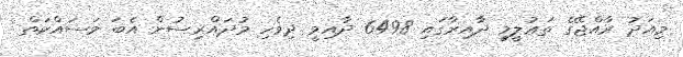
މިއަދު ރާއްޖޭގެ ތަޢުލީމީ ދާއިރާގައި 6498 ދާއިމީ ދިވެހި މުދައްރިސުން އެބަ މަސައްކަތް